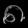
Digit: ၈